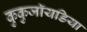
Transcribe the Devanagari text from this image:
कुकुजॉयडिया